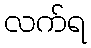
လက်ရ